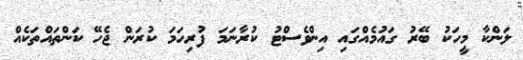
ލަންކާ މީހަކު ބޭރު ގައުމެއްގައި އިންވެސްޓު ކުރާނަމަ ފުރިހަމަ ކުރަން ޖެހޭ ކަންތައްތަކެއް